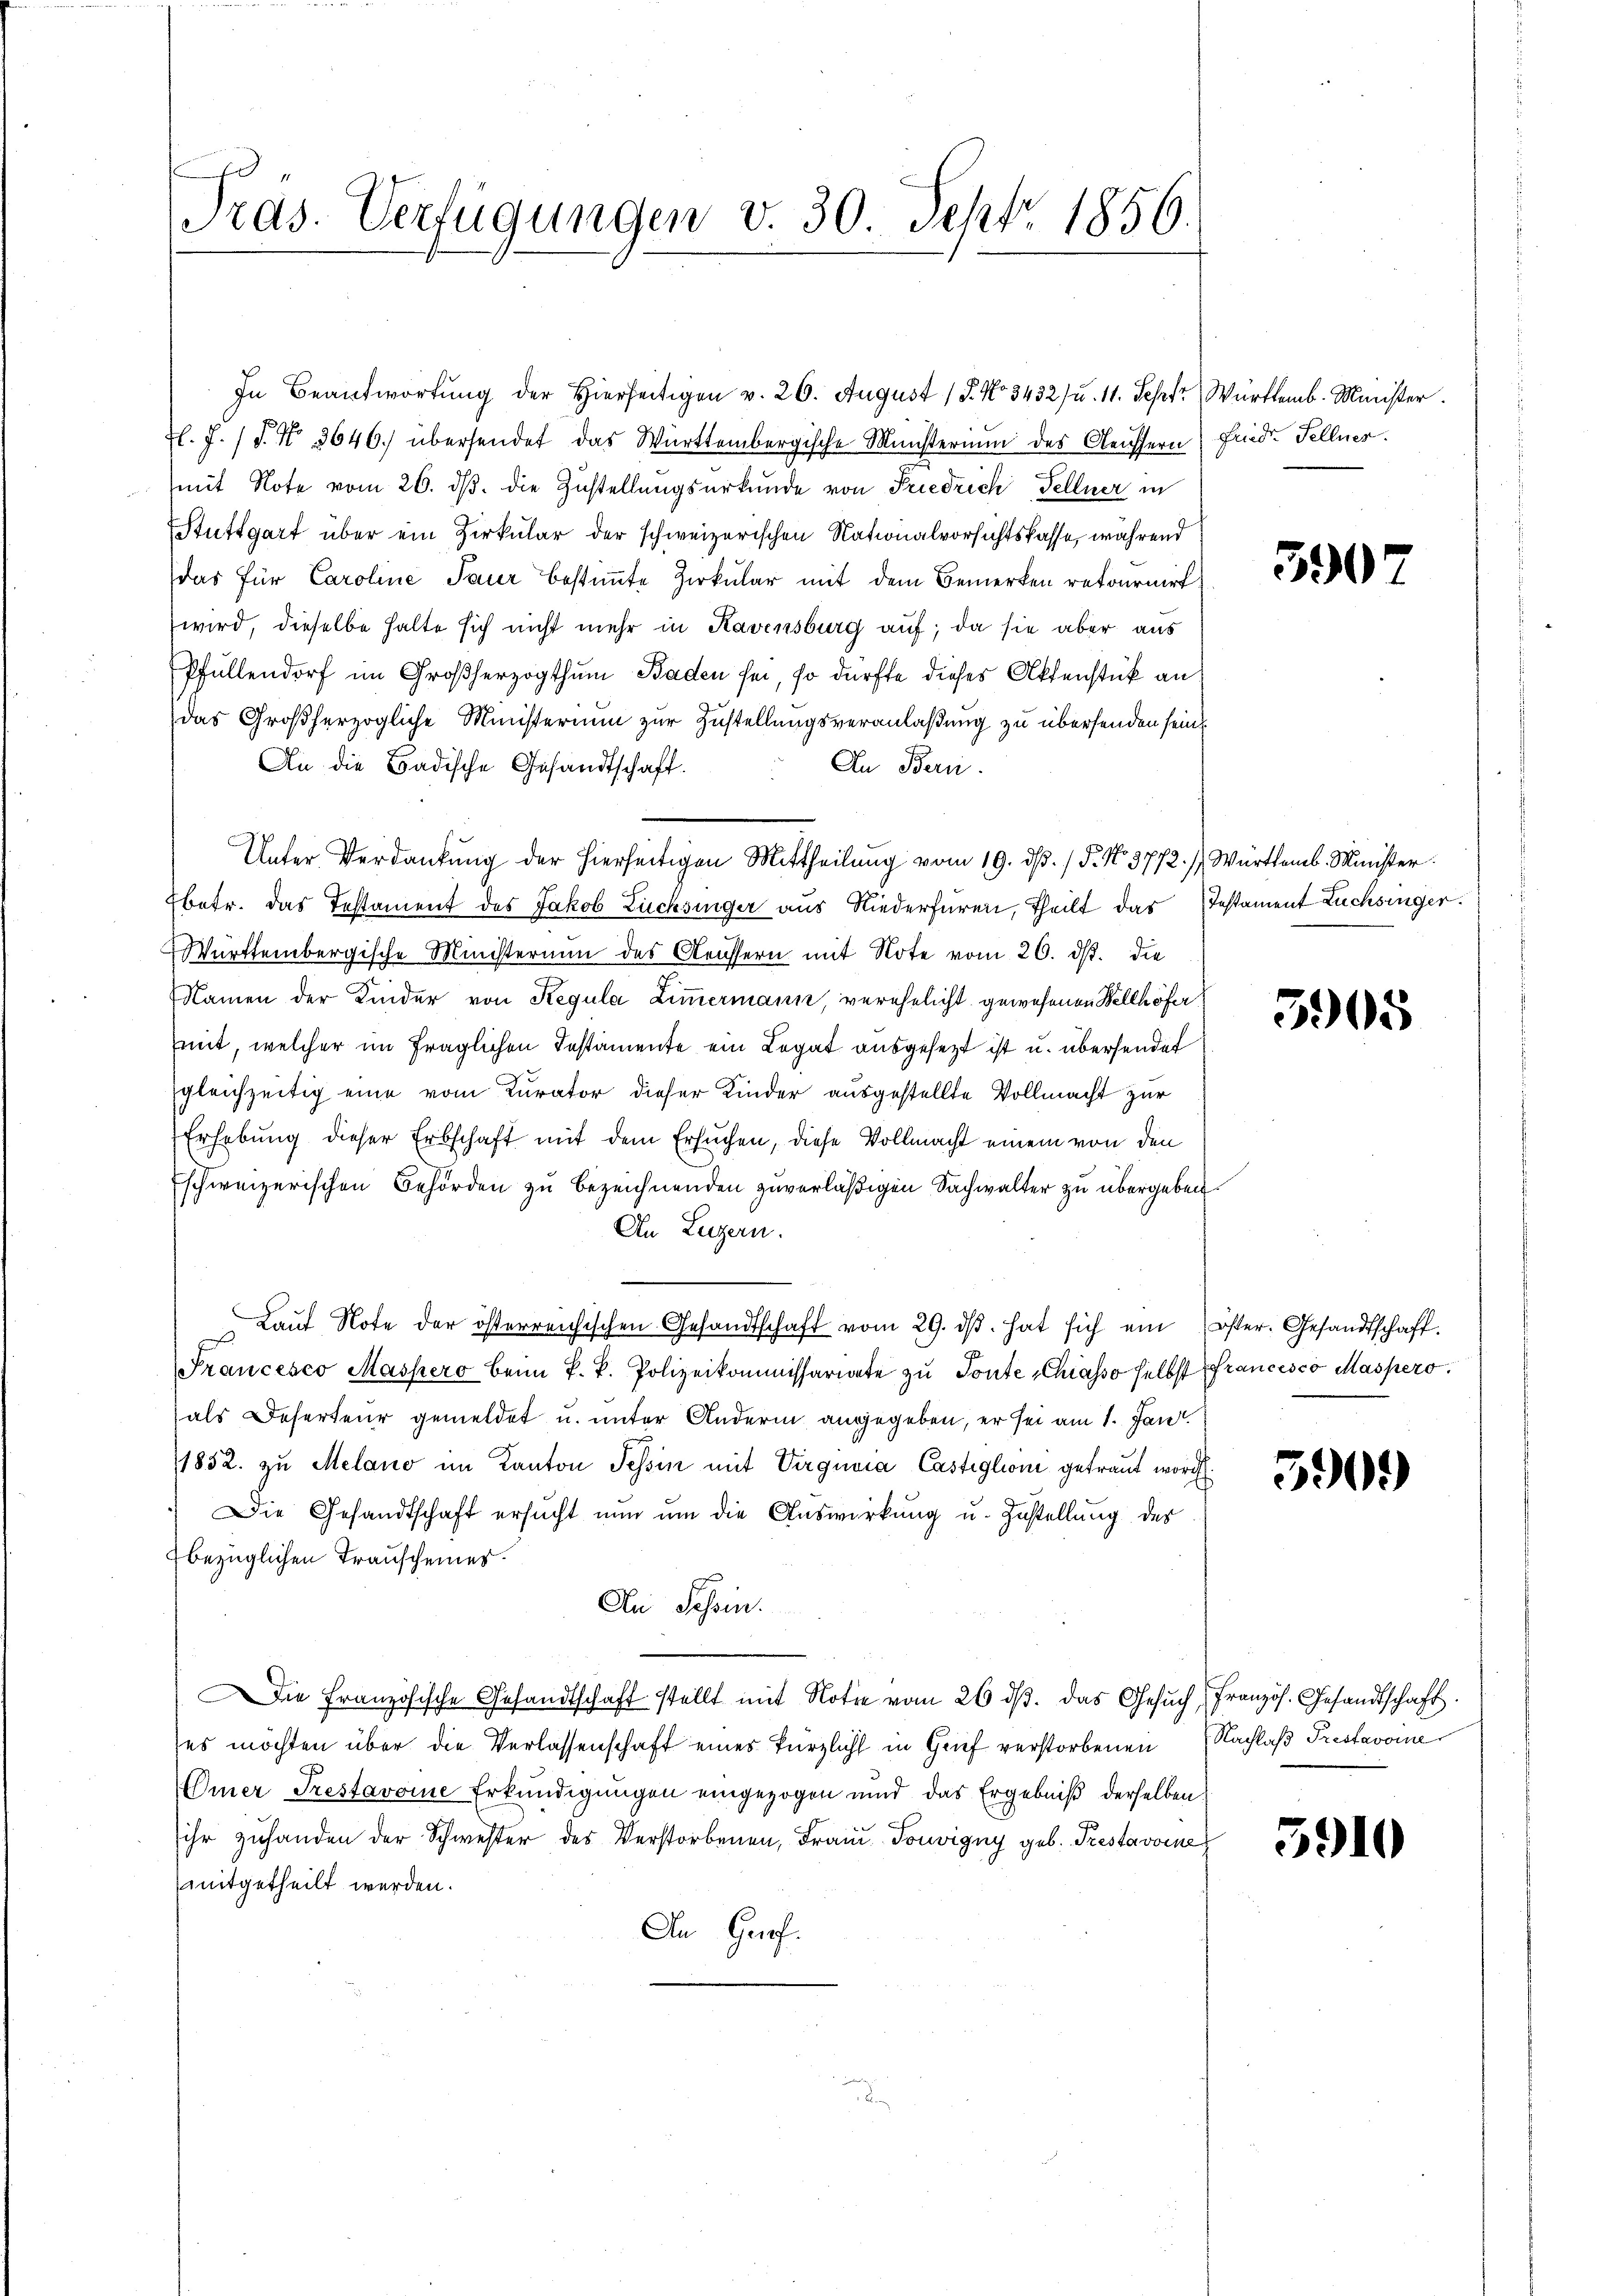
Pras. Verfügungen v. 30. Sept 1856.

In Beantwortung der Hierseitigen v. 26. August 18. No 3432) u. 11. Sept. Württemb. Minister.
El. J. (T. No. 3646. übersendet das Württembergische Münsterium des Aeussern Fried. Fellner.
mit Note vom 26. dβ. die Zustellungsurkunde von Friedrich Fellner in
Stuttgart über ein Zirkular der schweizerischen Nationalvorsichtskasse, während
das für Caroline Paur bestimmte Zirkular mit dem Bemerken retournirt
wird, dieselbe halte sich nicht mehr in Kavensburg auf; da sie aber aus
Pfüllendorf im Großherzogthum Baden sei, so dürfte dieses Aktenstück an
das Großherzogliche Ministerium zur Zustellungsveranlaßung zu übersenden sein
An die Badische Gesandtschaft.
In Bern.
Ebetr. das Testament des Jakob Züchsinger aus Niederfüren, Theilt das Testament Lüchsinger.
Württembergische Ministerium des Aeussern mit Note vom 26. ds. die
Namen der Kinder von Regula Zimmermann, verehelicht gewesenen Wellhöfer
mit, welcher im fraglichen Instamente ein Legat ausgesezt ist u. übersendet
gleichzeitig eine vom Kurator dieser Kinder ausgestellte Vollmacht zur
Erhebung dieser Erbschaft mit dem Ersuchen, diese Vollmacht einem von den
Eschweizerischen Behörden zu bezeichnenden zuverläßigen Sachwalter zu übergeben.
An Luzern.
Laŭt Note der österreichischen Gesandtschaft vom 29. dβ. hat sich ein öster. Gesandtschaft.
Francesco Massero beim k. k. Polizeikommissariate zŭ Ponte Chiasso selbst Francisco Maspero.
(als Deserteur gemeldet u. unter Andern angegeben, er sei am 1. Jan.
1832. zu Melano im Kanton Tessin mit Virguria Castiglioni getraut word
Die Gesandtschaft ersŭcht nŭn ŭm die Auswirkung u. Zustellung des
2 bezüglichen Transcheiner.
An Schein.
Die Französische Gesandtschaft stellt mit Notie vom 26. dβ. das Gesŭch französ. Gesandtschaft
ses möchten über die Verlassenschaft eines kürzlich in Grief verstorbenen Nachlaß Preslavoine
mner Trestavoine Erkundigungen eingezogen und das Ergebniß derselben
ihr zuhanden der Schwester des Verstorbenen, Frau Touvigny geb. Trestavore
mitgetheilt werden.
An Grof.

Unter Verdankŭng der hierseitigen Mittheilŭng vom 19. dβ. / 5. No 3772.) Württemb. Minister.

59

3905

5909)

5910